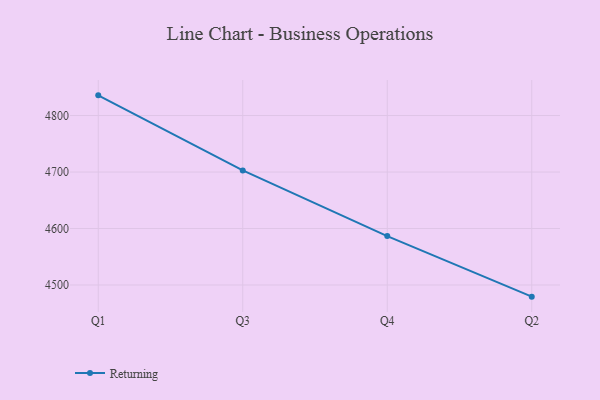
{"axis": {"x": "Quarter", "y": "Gross Profit (USD K)"}, "legend": ["Returning"], "data": [{"x": "Q1", "y": 4835.7, "type": "Returning"}, {"x": "Q3", "y": 4702.9, "type": "Returning"}, {"x": "Q4", "y": 4586.6, "type": "Returning"}, {"x": "Q2", "y": 4479.4, "type": "Returning"}]}